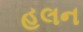
હલન